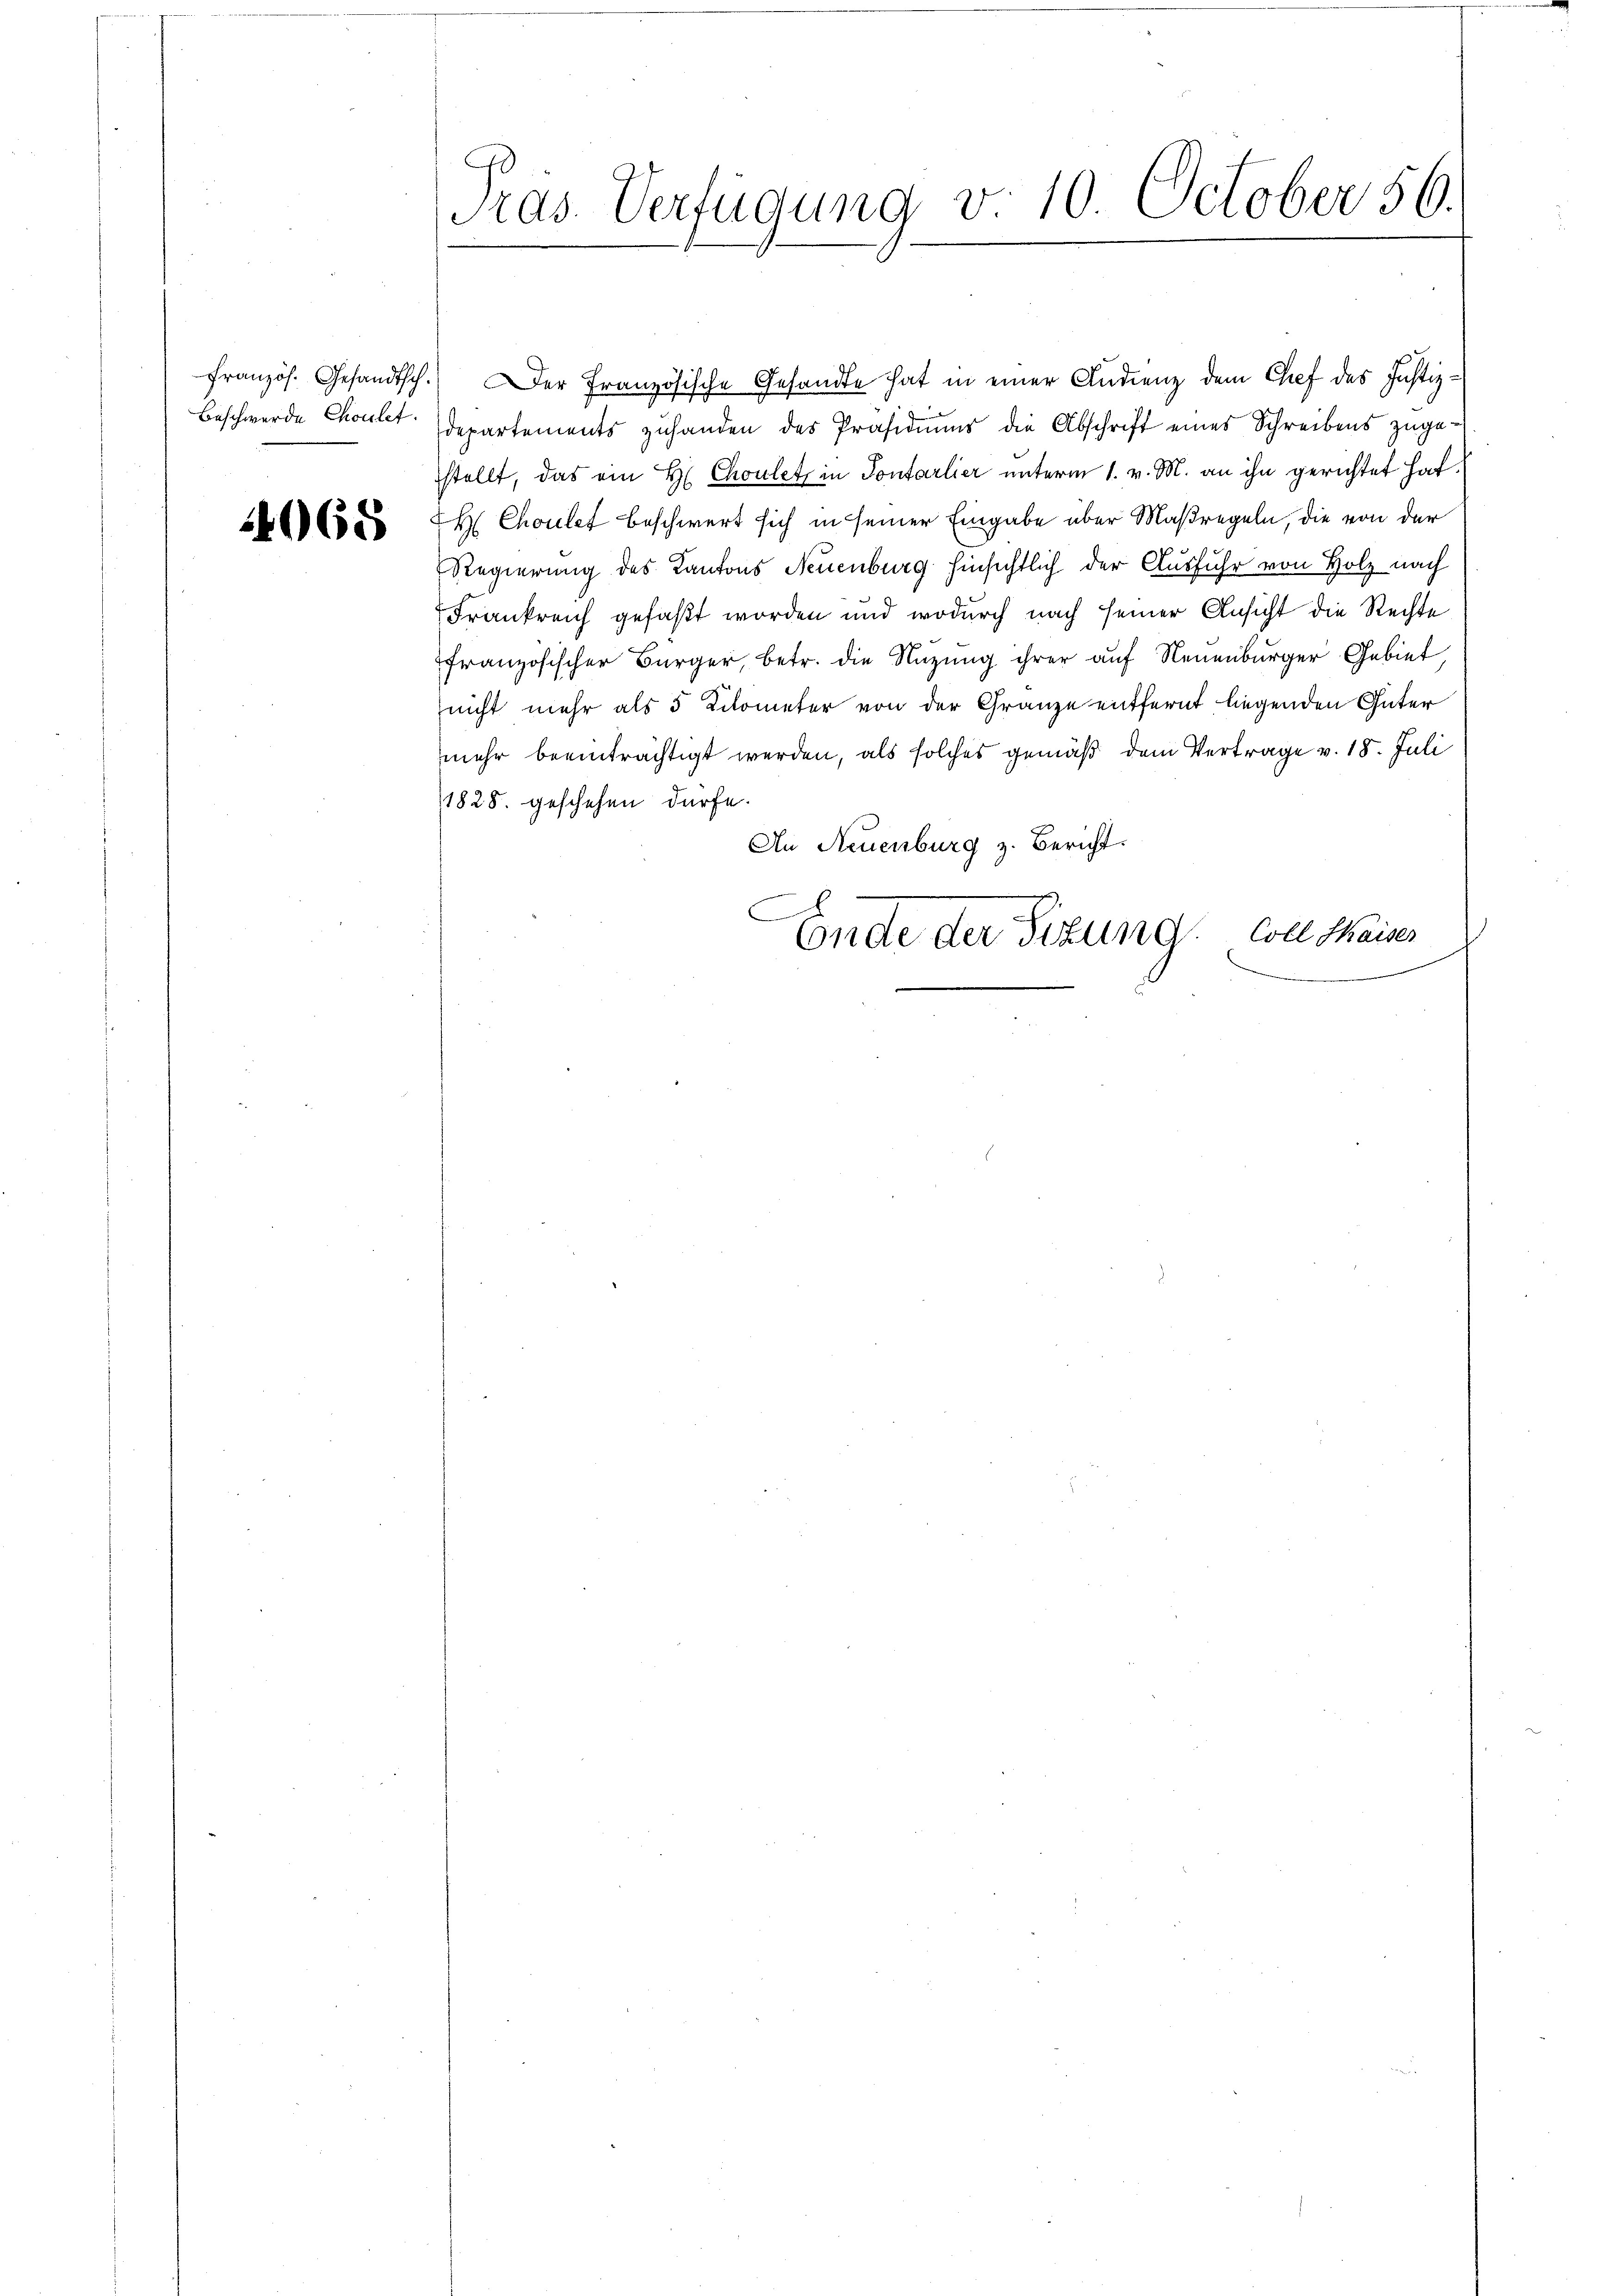
Beschwerde Choulet

4068

Pras-Verfügung v. 10. October 56.

französ. Gesandtsch. Der französische Gesandte hat in einer Andrenz dem Chef des Justizdepartements zuhanden des Präsidiums die Abschrift eines Schreibens zugestellt, das ein H. Chouletz in Sontarlier unterm 1. v. M. an ihn gerichtet hat.
H Cholet beschwert sich in seiner Eingabe über Maßregeln, die von der
Regierung des Kantons Neuenburg hinsichtlich der Ausfuhr von Holz nach
Frankreich gefaßt worden und wodurch nach seiner Ansicht die Rechte
französischer Bürger, betr. die Nutzung ihrer auf Neuenburger Gebiet,
nicht mehr als 5 Kilometer von der Granze entfernt liegenden Güter
mehr beeinträchtigt werden, als solches gemäß dem Vertrage v. 18. Juli
1828. geschehen dürfe.
An Neuenburg z. Bericht.
C
Ende der Sitzung von Waises